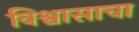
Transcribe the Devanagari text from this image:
विश्वासाचा